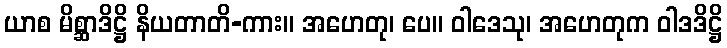
ယာစ မိစ္ဆာဒိဋ္ဌိ နိယတာတိ-ကား။ အဟေတု၊ ပေ။ ဝါဒေသု၊ အဟေတုက ဝါဒဒိဋ္ဌိ